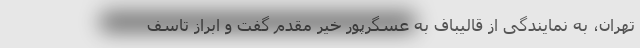
تهران، به نمایندگی از قالیباف به عسگرپور خیر مقدم گفت و ابراز تاسف